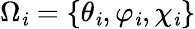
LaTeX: \Omega_{\mathit{i}}=\lbrace\theta_{\mathit{i}},\varphi_{\mathit{i}},\chi_{\mathit{i}}\rbrace